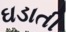
ઘડાતી